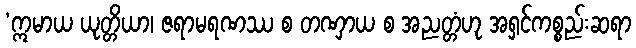
‘ဣမာယ ယုတ္တိယာ၊ ဇရာမရဏဿ စ တဏှာယ စ အညတ္တံဟု အရှင်ကစ္စည်းဆရာ